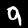
Digit: 9